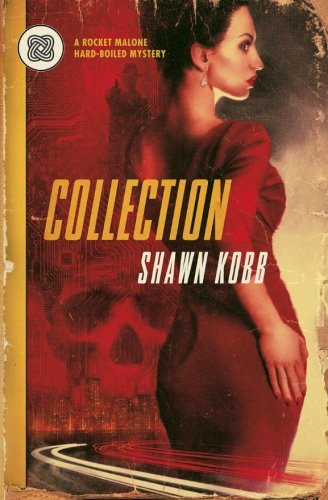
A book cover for Collection: A Rocket Malone Hardboiled Mystery; Shawn Kobb; Science Fiction & Fantasy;